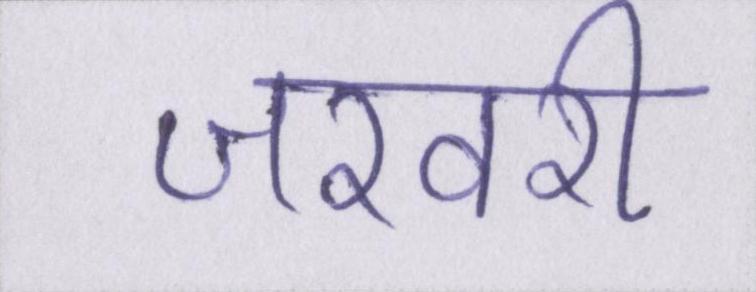
जरवरी